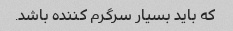
که باید بسیار سرگرم کننده باشد.